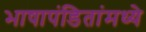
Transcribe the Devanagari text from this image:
भाषापंडितांमध्ये